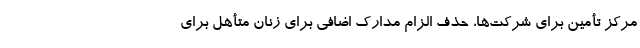
مرکز تأمین برای شرکت‌ها، حذف الزام مدارک اضافی برای زنان متأهل برای